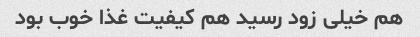
هم خیلی زود رسید هم کیفیت غذا خوب بود